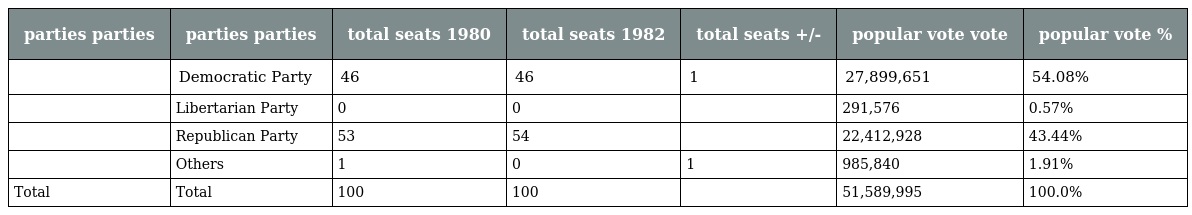
| parties parties | parties parties | total seats 1980 | total seats 1982 | total seats +/- | popular vote vote | popular vote % |
 | --- | --- | --- | --- | --- | --- | --- |
 |  | Democratic Party | 46 | 46 | 1 | 27,899,651 | 54.08% |
 |  | Libertarian Party | 0 | 0 |  | 291,576 | 0.57% |
 |  | Republican Party | 53 | 54 |  | 22,412,928 | 43.44% |
 |  | Others | 1 | 0 | 1 | 985,840 | 1.91% |
 | Total | Total | 100 | 100 |  | 51,589,995 | 100.0% |